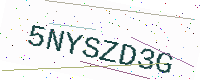
Text: 5NYSZD3G